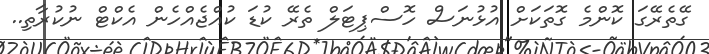
ގޭތެރޭގަ ކޮންމެ ގޮތަކަށް އުޅުނަސް ހޮސްޕިޓަލް ތެރޭ ކުޑަ ކުއްޖެއްހެން އެކްޓް ނުކުރާތި..